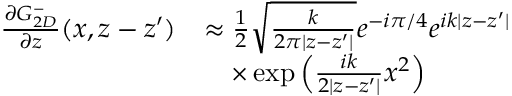
\begin{array} { r l } { \frac { \partial G _ { 2 D } ^ { - } } { \partial z } ( x , z - z ^ { \prime } ) } & { \approx \frac { 1 } { 2 } \sqrt { \frac { k } { 2 \pi | z - z ^ { \prime } | } } e ^ { - i \pi / 4 } e ^ { i k | z - z ^ { \prime } | } } \\ & { \quad \times \exp \left( \frac { i k } { 2 | z - z ^ { \prime } | } x ^ { 2 } \right) } \end{array}